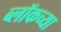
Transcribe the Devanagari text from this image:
ब्लॉकच्या